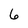
Character: 6